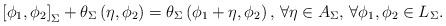
LaTeX: \begin{align*}\left[\phi_1,\phi_2\right]_{\Sigma}+\theta_{\Sigma}\left(\eta,\phi_2\right)=\theta_{\Sigma}\left(\phi_1+\eta,\phi_2\right),\, \forall \eta\in {A}_{\Sigma},\,\forall\phi_1,\phi_2\in{L}_{\Sigma}.\end{align*}